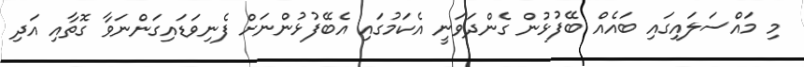
މި މައްސަލައިގައި ބައެއް ބޭފުޅުން ގެންދަވަނީ އެކަމުގައި އެބޭފުޅުންނަށް ފެނިވަޑައިގަންނަވާ ގޮތާއި އަދި